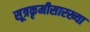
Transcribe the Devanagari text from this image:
सूत्रकृमीसारख्या